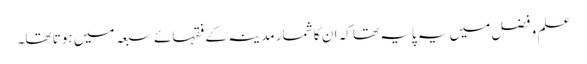
علم و فضل میں یہ پایہ تھا کہ ان کا شمار مدینہ کے فقہائے سبعہ میں ہوتا تھا۔